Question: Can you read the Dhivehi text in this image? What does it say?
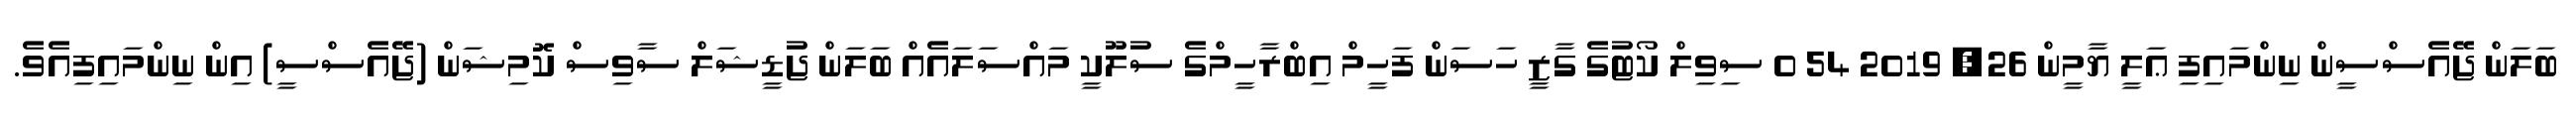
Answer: ބަލަން ޖޭއެސްސީން ނިންމައިފި ޢަލީ ޔާމީން 26, 2019 54 0 ސިވިލް ކޯޓުގެ ގާޒީ ހަސަން ފަހީމް އިބްރާހީމްގެ ސުލޫކީ މައްސަލައެއް ބަލަން ޖުޑީޝަލް ސާވިސް ކޮމިޝަން (ޖޭއެސްސީ) އިން ނިންމައިފިއެވެ.